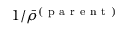
1 / \bar { \rho } ^ { ( \mathrm { ~ p ~ a ~ r ~ e ~ n ~ t ~ } ) }